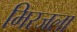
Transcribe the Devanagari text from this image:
मिरजला